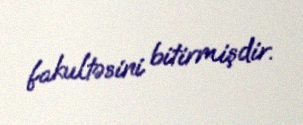
fakultəsini bitirmişdir.